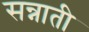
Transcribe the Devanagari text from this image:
सन्नाती